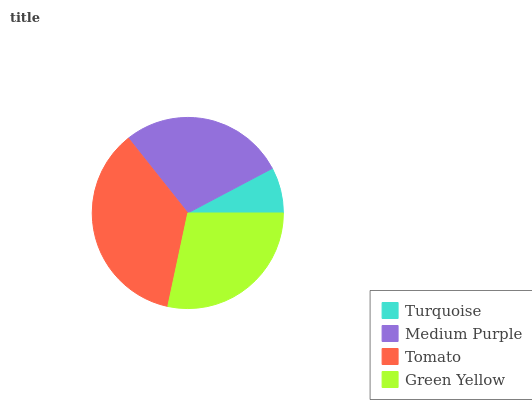
| Turquoise | Medium Purple | Tomato | Green Yellow |
 | --- | --- | --- | --- |
 | 7.73% | 28% | 36% | 28.3% |